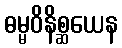
ဓမ္မဝိနိစ္ဆယေန